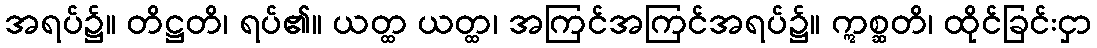
အရပ်၌။ တိဋ္ဌတိ၊ ရပ်၏။ ယတ္ထ ယတ္ထ၊ အကြင်အကြင်အရပ်၌။ ဣစ္ဆတိ၊ ထိုင်ခြင်းငှာ